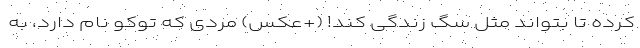
کرده تا بتواند مثل سگ زندگی کند! (+عکس) مردی که توکو نام دارد، به